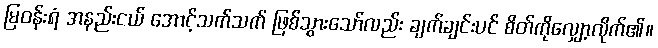
မြဝန်းရံ အနည်းငယ် အောင့်သက်သက် ဖြစ်သွားသော်လည်း ချက်ချင်းပင် စိတ်ကိုလျှော့လိုက်၏။